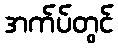
အက်ပ်တွင်